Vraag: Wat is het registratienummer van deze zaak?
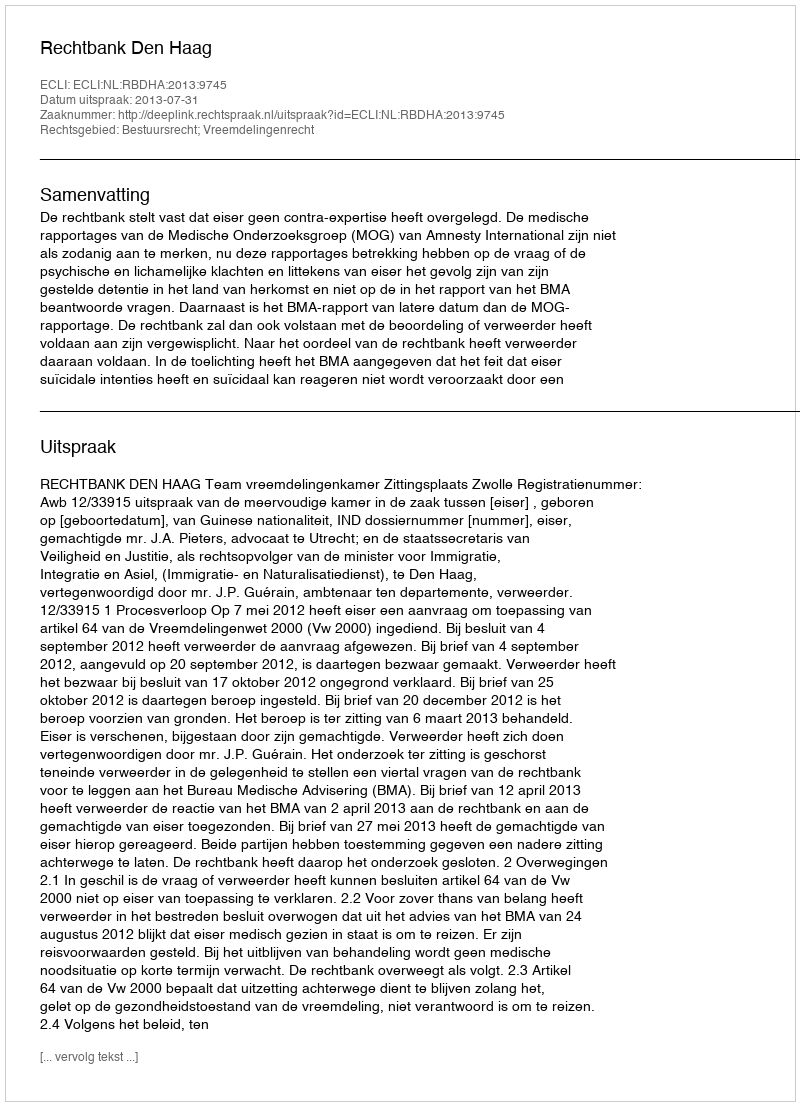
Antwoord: http://deeplink.rechtspraak.nl/uitspraak?id=ECLI:NL:RBDHA:2013:9745